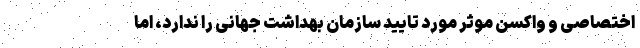
اختصاصی و واکسن موثر مورد تایید سازمان بهداشت جهانی را ندارد، اما